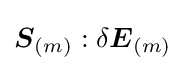
{\boldsymbol {S}}_{(m)}:\delta {\boldsymbol {E}}_{(m)}